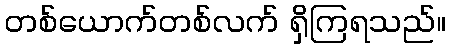
တစ်ယောက်တစ်လက် ရှိကြရသည်။